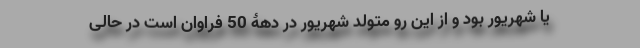
یا شهریور بود و از این رو متولد شهریور در دهۀ 50 فراوان است در حالی